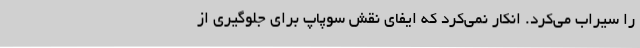
را سیراب می‌کرد. انکار نمی‌کرد که ایفای نقش سوپاپ برای جلوگیری از